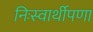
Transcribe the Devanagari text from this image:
निःस्वार्थीपणा